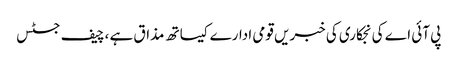
پی آئی اے کی نجکاری کی خبریں قومی ادارے کیساتھ مذاق ہے ،چیف جسٹس